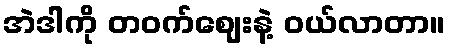
အဲဒါကို တဝက်ဈေးနဲ့ ဝယ်လာတာ။